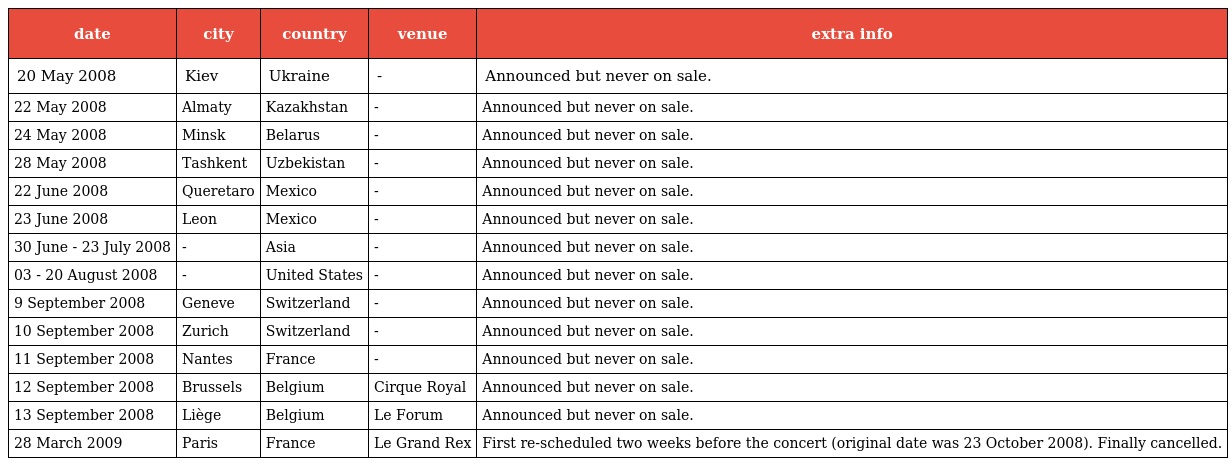
| date | city | country | venue | extra info |
 | --- | --- | --- | --- | --- |
 | 20 May 2008 | Kiev | Ukraine | - | Announced but never on sale. |
 | 22 May 2008 | Almaty | Kazakhstan | - | Announced but never on sale. |
 | 24 May 2008 | Minsk | Belarus | - | Announced but never on sale. |
 | 28 May 2008 | Tashkent | Uzbekistan | - | Announced but never on sale. |
 | 22 June 2008 | Queretaro | Mexico | - | Announced but never on sale. |
 | 23 June 2008 | Leon | Mexico | - | Announced but never on sale. |
 | 30 June - 23 July 2008 | - | Asia | - | Announced but never on sale. |
 | 03 - 20 August 2008 | - | United States | - | Announced but never on sale. |
 | 9 September 2008 | Geneve | Switzerland | - | Announced but never on sale. |
 | 10 September 2008 | Zurich | Switzerland | - | Announced but never on sale. |
 | 11 September 2008 | Nantes | France | - | Announced but never on sale. |
 | 12 September 2008 | Brussels | Belgium | Cirque Royal | Announced but never on sale. |
 | 13 September 2008 | Liège | Belgium | Le Forum | Announced but never on sale. |
 | 28 March 2009 | Paris | France | Le Grand Rex | First re-scheduled two weeks before the concert (original date was 23 October 2008). Finally cancelled. |